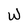
Character: W